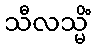
သီလသ္မိံ